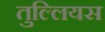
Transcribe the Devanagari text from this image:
तुल्लियस